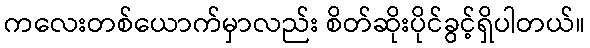
ကလေးတစ်ယောက်မှာလည်း စိတ်ဆိုးပိုင်ခွင့်ရှိပါတယ်။